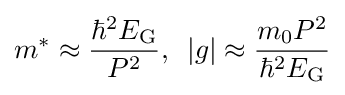
m^{*}\approx {\frac {\hbar ^{2}E_{\rm {G}}}{P^{2}}},\,\,\,|g|\approx {\frac {m_{0}P^{2}}{\hbar ^{2}E_{\rm {G}}}}